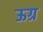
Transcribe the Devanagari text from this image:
ऊग्र